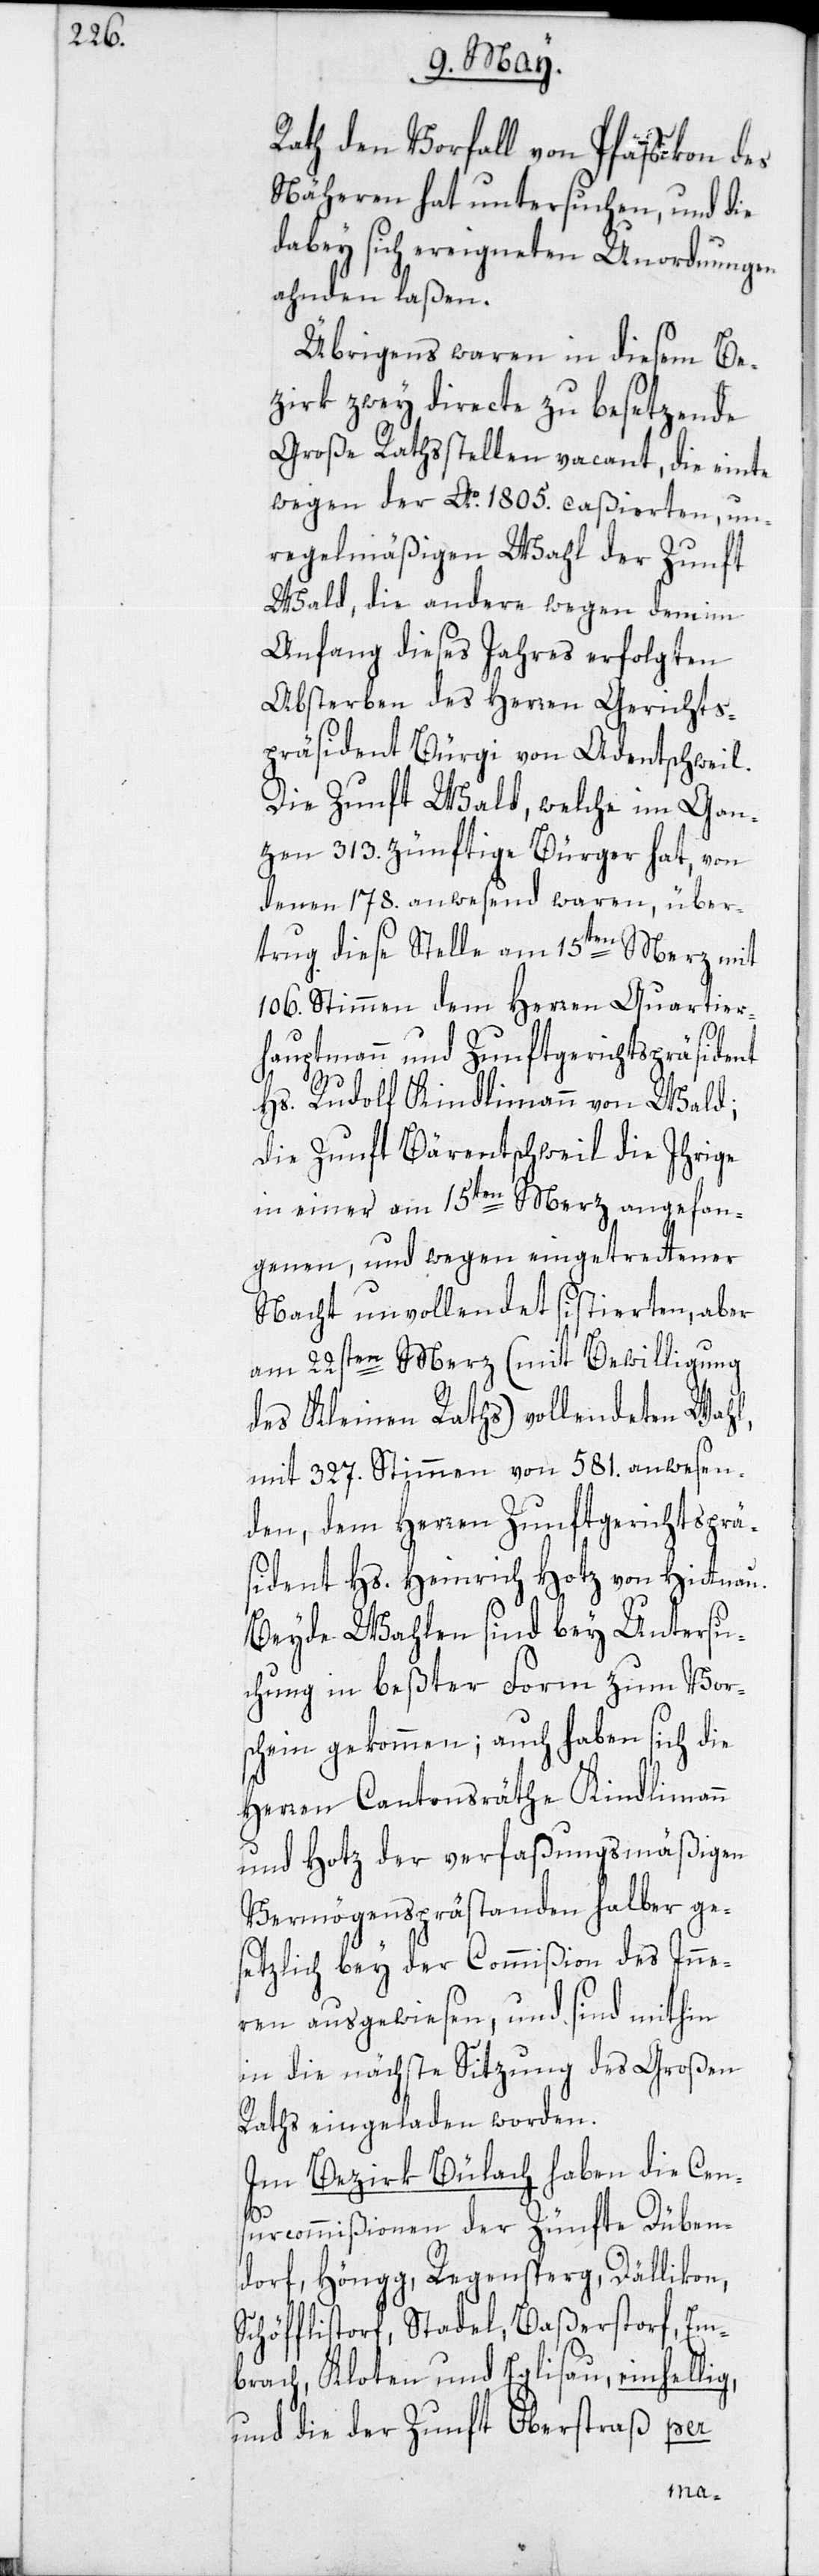
Rath den Vorfall von Pfäffikon des
Näheren hat untersuchen, und die
dabey sich ereigneten Unordnungen
ahnden laßen.
Übrigens waren in diesem Be¬
zirk zwey directe zu besetzende
Große Rathsstellen vacant, die einte
wegen der Ao 1805. caßierten, un¬
regelmäßigen Wahl der Zunft
Wald, die andere wegen dem im
Anfang dieses Jahres erfolgten
Absterben des Herren Gerichts¬
präsident Bürgi von Adentschweil.
Die Zunft Wald, welche im Gan¬
zen 313. zünftige Bürger hat, von
denen 178. anwesend waren, über¬
trug diese Stelle am 15ten Merz mit
106. Stimmen dem Herren Quartier¬
hauptmann und Zunftgerichtspräsident
Hs. Rudolf Kindlimann von Wald;
die Zunft Bärentschweil die Ihrige
in einer am 15ten Merz angefan¬
genen, und wegen eingetrettener
Nacht unvollendet sistierten, aber
am 22sten Merz (mit Bewilligung
des Kleinen Raths) vollendeten Wahl,
mit 327. Stimmen von 581. anwesen¬
den, dem Herren Zunftgerichtsprä¬
sident Hs. Heinrich Hotz von Hittnau.
Beyde Wahlen sind bey Untersu¬
chung in beßter Form zum Vors¬
chein gekommen; auch haben sich die
Herren Cantonsräthe Kindlimann
und Hotz der verfaßungsmäßigen
Vermögensprästanden halber ge¬
setzlich bey der Commißion des Inne¬
ren ausgewiesen, und sind mithin
in die nächste Sitzung des Großen
Raths eingeladen worden.
Im Bezirk Bülach haben die Cen¬
surcommißionen der Zünfte Düben¬
dorf, Höngg, Regensperg, Dällikon,
Schöfflisdorf, Stadel, Baßersdorf, Em¬
brach, Kloten und Eglisau, einhellig,
und die der Zunft Oberstraß per